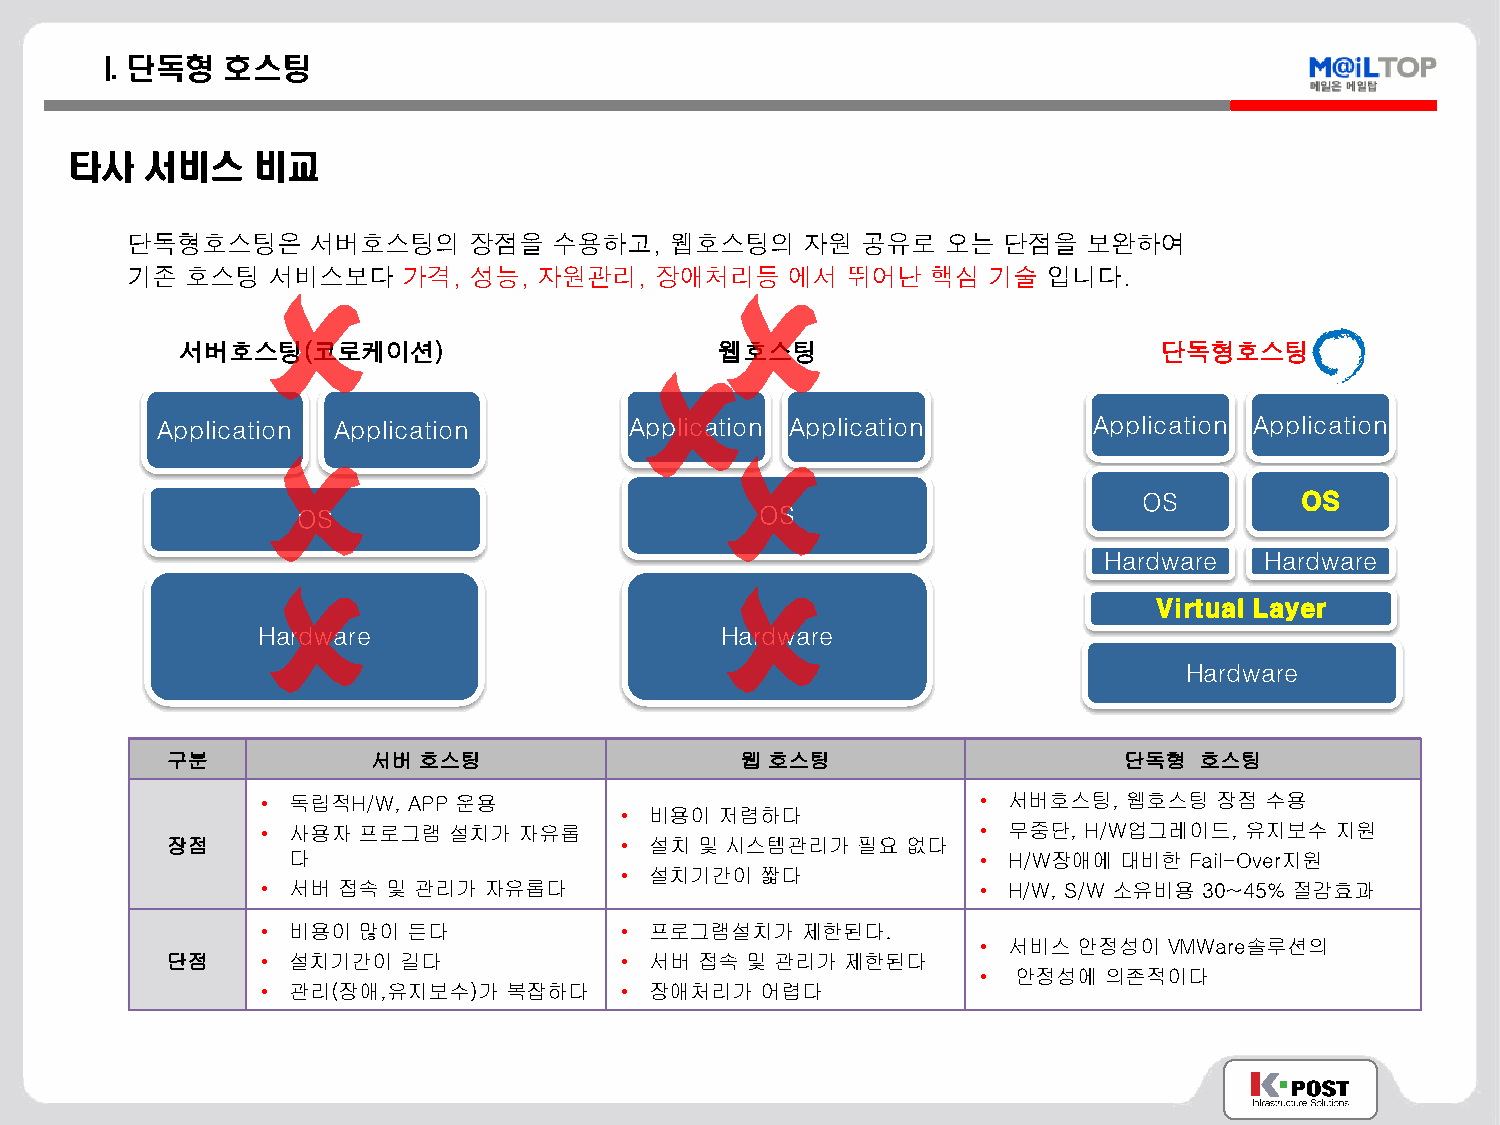
I. 단독형  호스팅
 타사   서비스    비교
 단독형호스팅은      서버호스팅의    장점을   수용하고,  웹호스팅의    자원  공유로   오는 단점을   보완하여
 기존  호스팅   서비스보다    가격, 성능,  자원관리,  장애처리등    에서  뛰어난   핵심 기술  입니다.
 서버호스팅(코로케이션)                        웹호스팅                         단독형호스팅
 Application Application         Application Application       Application Application
 OS        OS
 OS                            OS
 Hardware   Hardware
 Virtual Layer
 Hardware                       Hardware
 Hardware
 구분            서버 호스팅                  웹 호스팅                    단독형  호스팅
 • 독립적H/W, APP 운용                                • 서버호스팅,  웹호스팅  장점 수용
 • 비용이  저렴하다
 • 사용자  프로그램  설치가 자유롭                            • 무중단, H/W업그레이드, 유지보수  지원
 장점                            • 설치 및 시스템관리가   필요 없다
 다                                             • H/W장애에 대비한  Fail-Over지원
 • 설치기간이  짧다
 • 서버 접속  및 관리가 자유롭다                             • H/W, S/W 소유비용 30~45% 절감효과
 • 비용이  많이 든다            • 프로그램설치가   제한된다.
 • 서비스 안정성이  VMWare솔루션의
 단점    • 설치기간이  길다             • 서버 접속 및 관리가  제한된다
 • 안정성에  의존적이다
 • 관리(장애,유지보수)가   복잡하다   • 장애처리가  어렵다